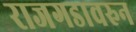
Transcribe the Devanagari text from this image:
राजगडावरुन